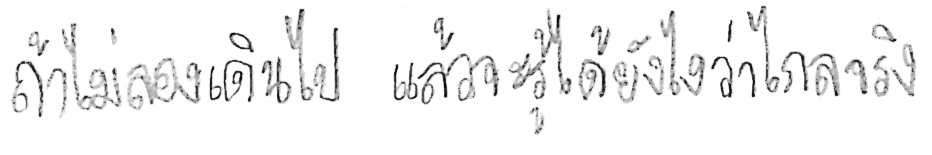
ถ้าไม่ลองเดินไป แล้วจะรู้ได้ยังไงว่าไกลจริง